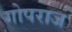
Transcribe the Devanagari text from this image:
गोपराज